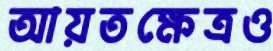
আয়তক্ষেত্রও